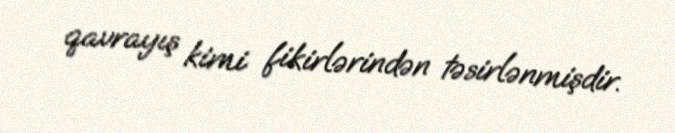
qavrayış kimi fikirlərindən təsirlənmişdir.